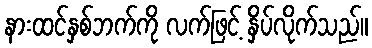
နားထင်နှစ်ဘက်ကို လက်ဖြင့် နှိပ်လိုက်သည်။